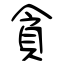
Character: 貪